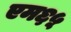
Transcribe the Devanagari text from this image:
एम६५